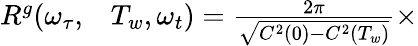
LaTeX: \begin{array}{rl}{R^{g}(\omega_{\tau},}&{{}T_{w},\omega_{t})=\frac{2\pi}{\sqrt{C^{2}(0)-C^{2}(T_{w})}}\times}\end{array}